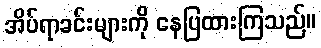
အိပ်ရာခင်းများကို နေပြထားကြသည်။